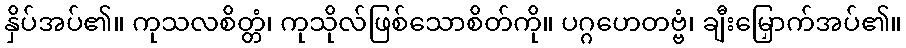
နှိပ်အပ်၏။ ကုသလစိတ္တံ၊ ကုသိုလ်ဖြစ်သောစိတ်ကို။ ပဂ္ဂဟေတဗ္ဗံ၊ ချီးမြှောက်အပ်၏။